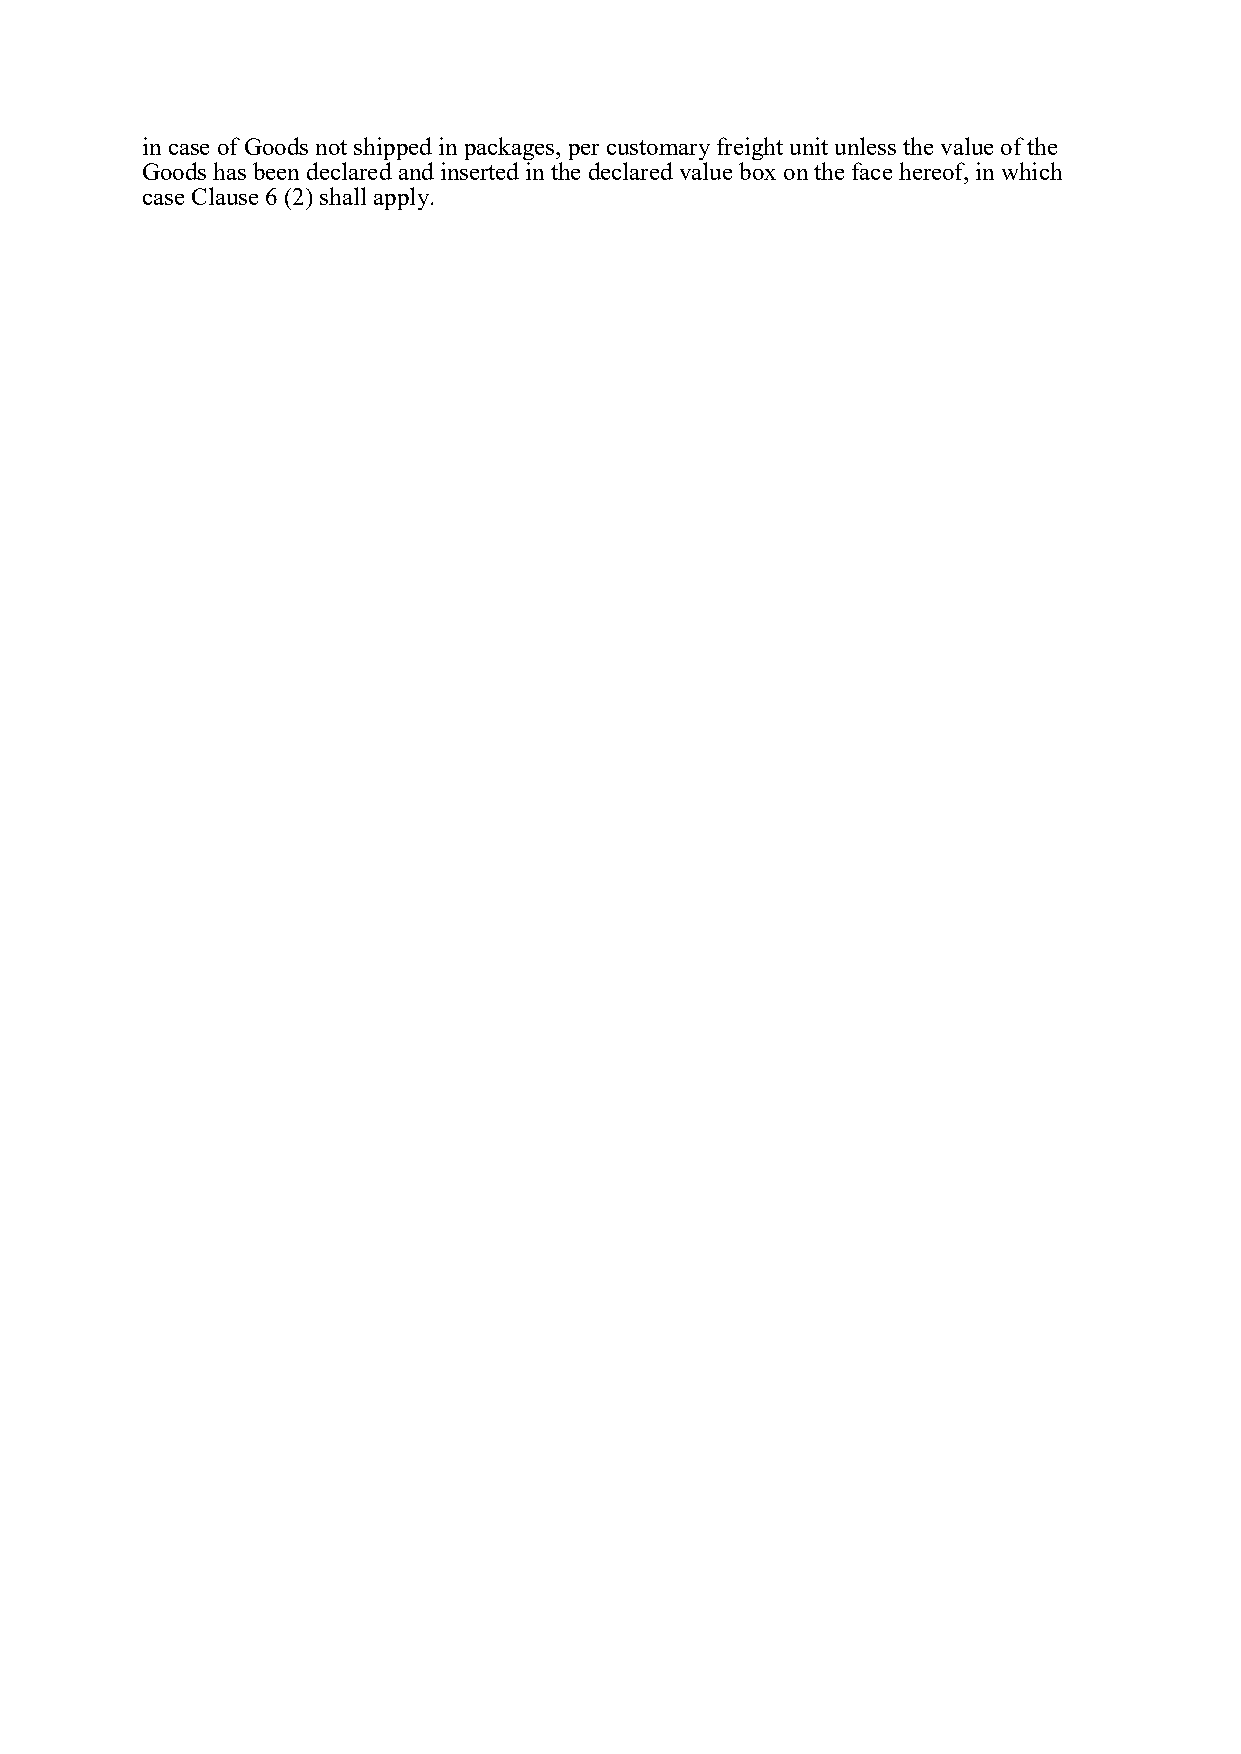
in case of Goods not shipped in packages, per customary freight unit unless the value of the
 Goods has been declared and inserted in the declared value box on the face hereof, in which
 case Clause 6 (2) shall apply.